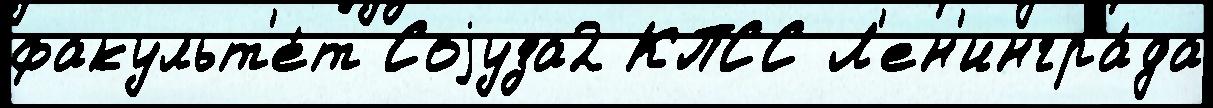
факульт'е́т Соjуза2 КПСС Л'ен'ингра́да